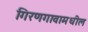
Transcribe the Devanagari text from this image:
गिरणगावामधील